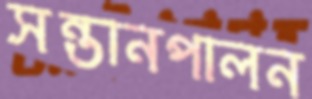
সন্তানপালন